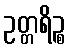
ဥတ္တရိဉ္စ